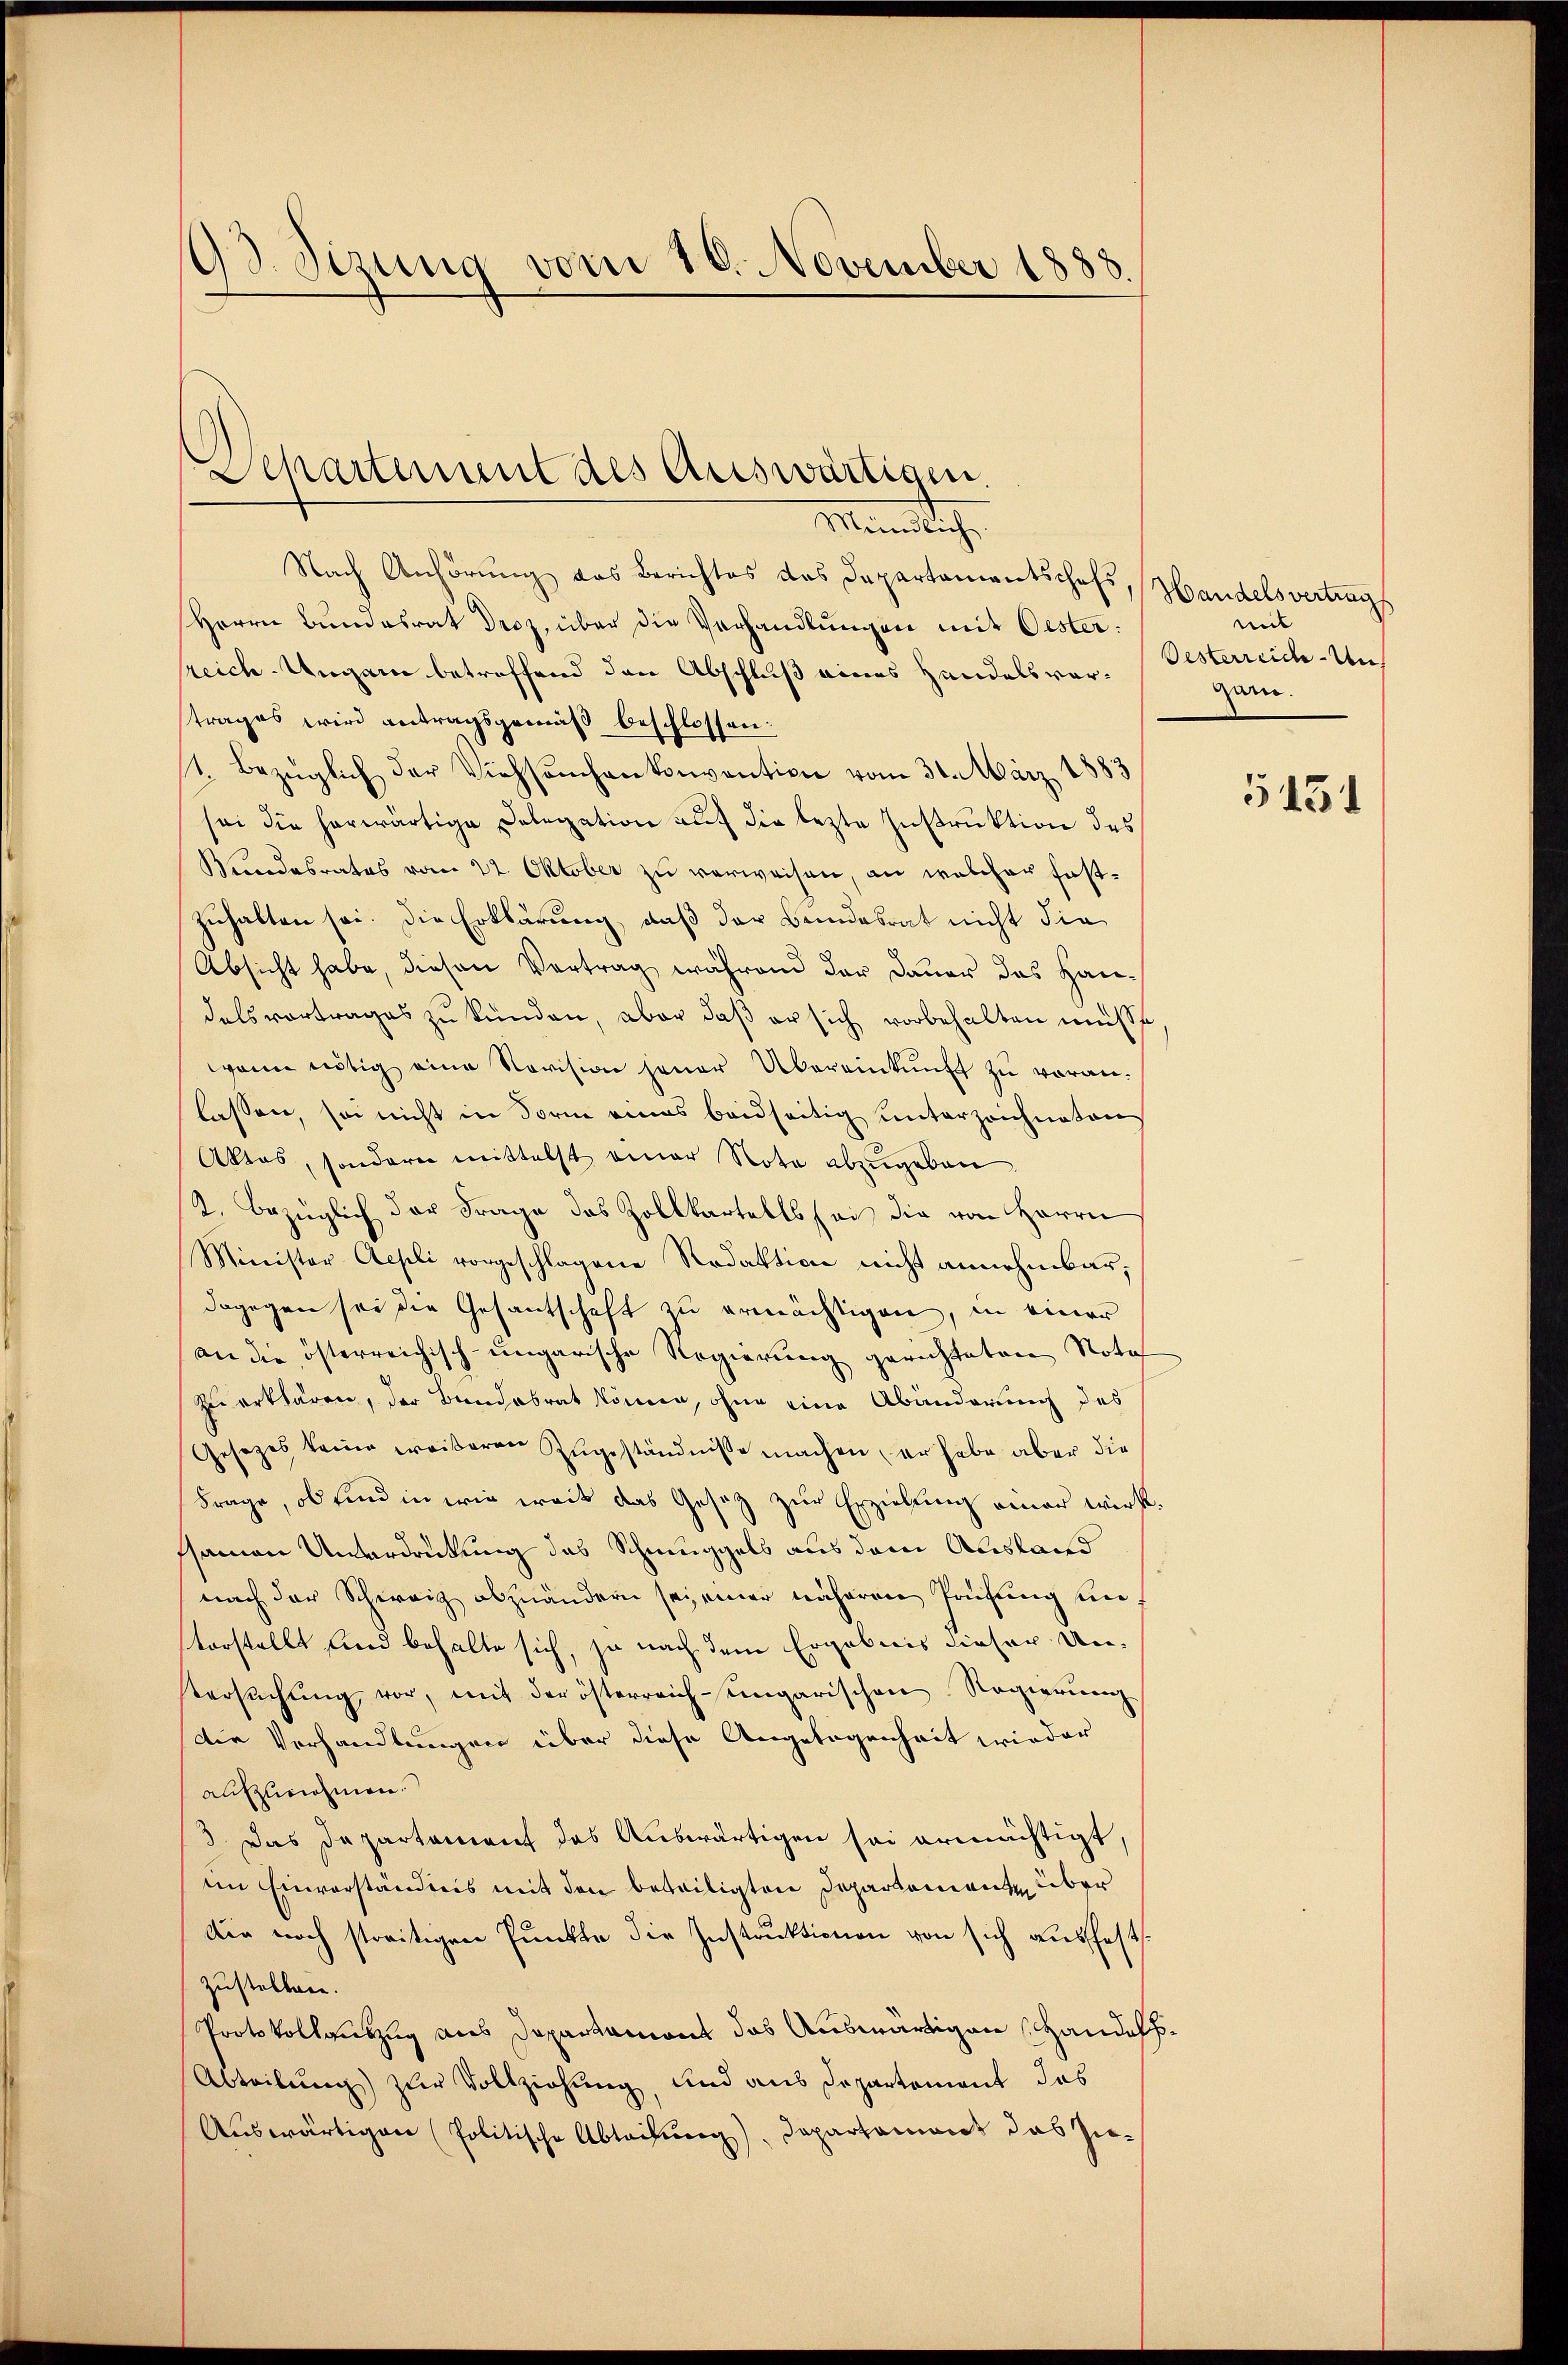
193. Sizung vom 18. November 1888.

Departement des Auswärtigen.

Mündlich.
Nach Anhörung das Berichtes das Departamentschofs, Handelsvertrags
Herrn Bundesrat Droz, über die Verhandlungen mit Oester:
reich-Ungen betreffend den Abschluß eines Handelsverstrages wird antragsgemäß beschlossen:
1. Bezüglich der Viehseuchen konvention vom 30. März 1883
sei die herwärtige Delegation auf die lezte Instruktion des
Bundesrates vom 22. Oktober zu verweisen, an welcher festzuhalten sei. Die Erklärung, daß der Bundesrat nicht die
Absicht habe, diesen Vertrag, während der Dauer das Handelsvortrages zu künden, aber daß er sich vorbehalten müsse
wann nötig eine Revision jener Übereinkunft zu voran-
lassen, sei nicht in Form eines beidseitig unterzeichneten
Aktos, sondern mittelst einer Note abzugeben
2. bezüglich der Frage des Zollkartalls sei die von Herrn
Minister Aepli vorgeschlagene Redaktion nicht annehmbar;
dagegen sei die Gesantschaft zu ermächtigen, in einer
(an die österreichisch-ungarische Regierung gerichteten Nota
zu erklären, der Bandesrat können, ohne eine Abänderung des
Gesetzes keine weiteren Zugeständnisse machen, er habe aber die
Frage, ob sind in wie weit das Gesetz zur Erziehung einer wirkssamen Unterdrückung das Schmuggels aus dem Ausland
nach der Schweiz abzuändern sei einer näheren Prüfung unvorstellt und behalte sich, ja nach dem Ergebnis dieser Untersŭchŭng vor, mit der österreich-ungarischen Regierŭng
Die Verhandlungen über diese Angelegenheit wieder
aufzunehmen.
3. Das Departament das Auswärtigen sei ermächtigt,
im Einverständnis mit den beteiligten Departement über
Die noch streitigen Punkte die Instruktionen von sich ausfestzustellen.
Protokollauszug aus Departamont das Auswärtigen Handels¬
Abteilung) zur Vollziehung, und aus Departement das
Auswärtigen (Politische Abteilung), Departament das Zu¬

mit
Oesterreich - Un
Garn.

5151